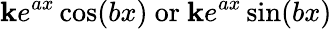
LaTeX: \mathbf{k}e^{ax}\cos(bx){\mathrm{{~or~}}}\mathbf{k}e^{ax}\sin(bx)